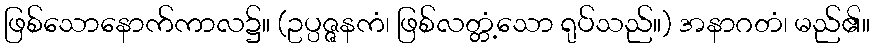
ဖြစ်သောနောက်ကာလ၌။ (ဥပ္ပဇ္ဇနကံ၊ ဖြစ်လတ္တံ့သော ရုပ်သည်။) အနာဂတံ၊ မည်၏။